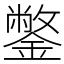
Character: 鐅